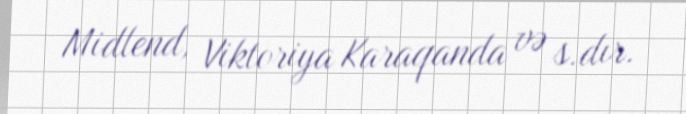
Midlend, Viktoriya Karaqanda və s.dır.